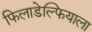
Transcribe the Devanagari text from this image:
फिलाडेल्फियाला